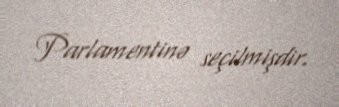
Parlamentinə seçilmişdir.